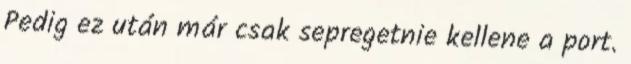
Pedig ez után már csak sepregetnie kellene a port.